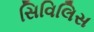
સિવિલિસ